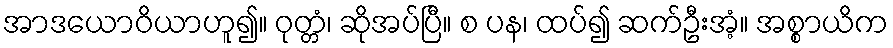
အာဒယောဝိယာဟူ၍။ ဝုတ္တံ၊ ဆိုအပ်ပြီ။ စ ပန၊ ထပ်၍ ဆက်ဦးအံ့။ အစ္စာယိက